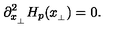
\partial _ { x _ { _ \perp } } ^ { 2 } H _ { p } ( x _ { _ \perp } ) = 0 .